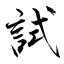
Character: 試